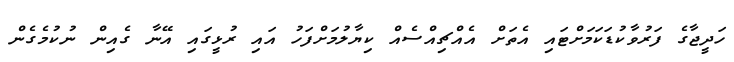
ހަދީޖާގެ ފަރުވާކުޑަކަމަށްޓައި އެތަށް އެއްޗިއްސެއް ކިޔާލުމަށްފަހު އައި ރުޅީގައި އޭނާ ގެއިން ނުކުމެގެން